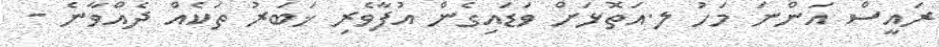
ރައީސް އަންނަ މަހު ލ.އަތޮޅަށް ވަޑައިގެން އުފާވެރި ޚަބަރު ތަކެއް ދެއްވާނެ -